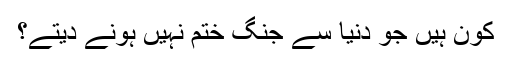
کون ہیں جو دنیا سے جنگ ختم نہیں ہونے دیتے؟